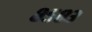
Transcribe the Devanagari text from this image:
८५८३